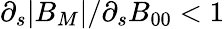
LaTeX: \partial_{s}|B_{M}|/\partial_{s}B_{00}<1